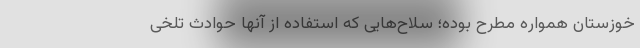
خوزستان همواره مطرح بوده؛ سلاح‌هایی که استفاده از آنها حوادث تلخی